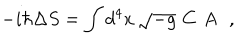
- i \hbar \Delta S = \int d ^ { 4 } x \, \sqrt { - g } \, \, C \, \, A \, \, \, \, ,